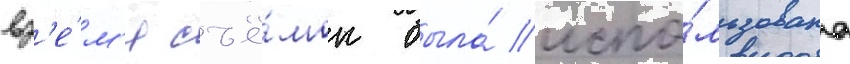
вр'е́м'я съё́мок была́ испо́льзована